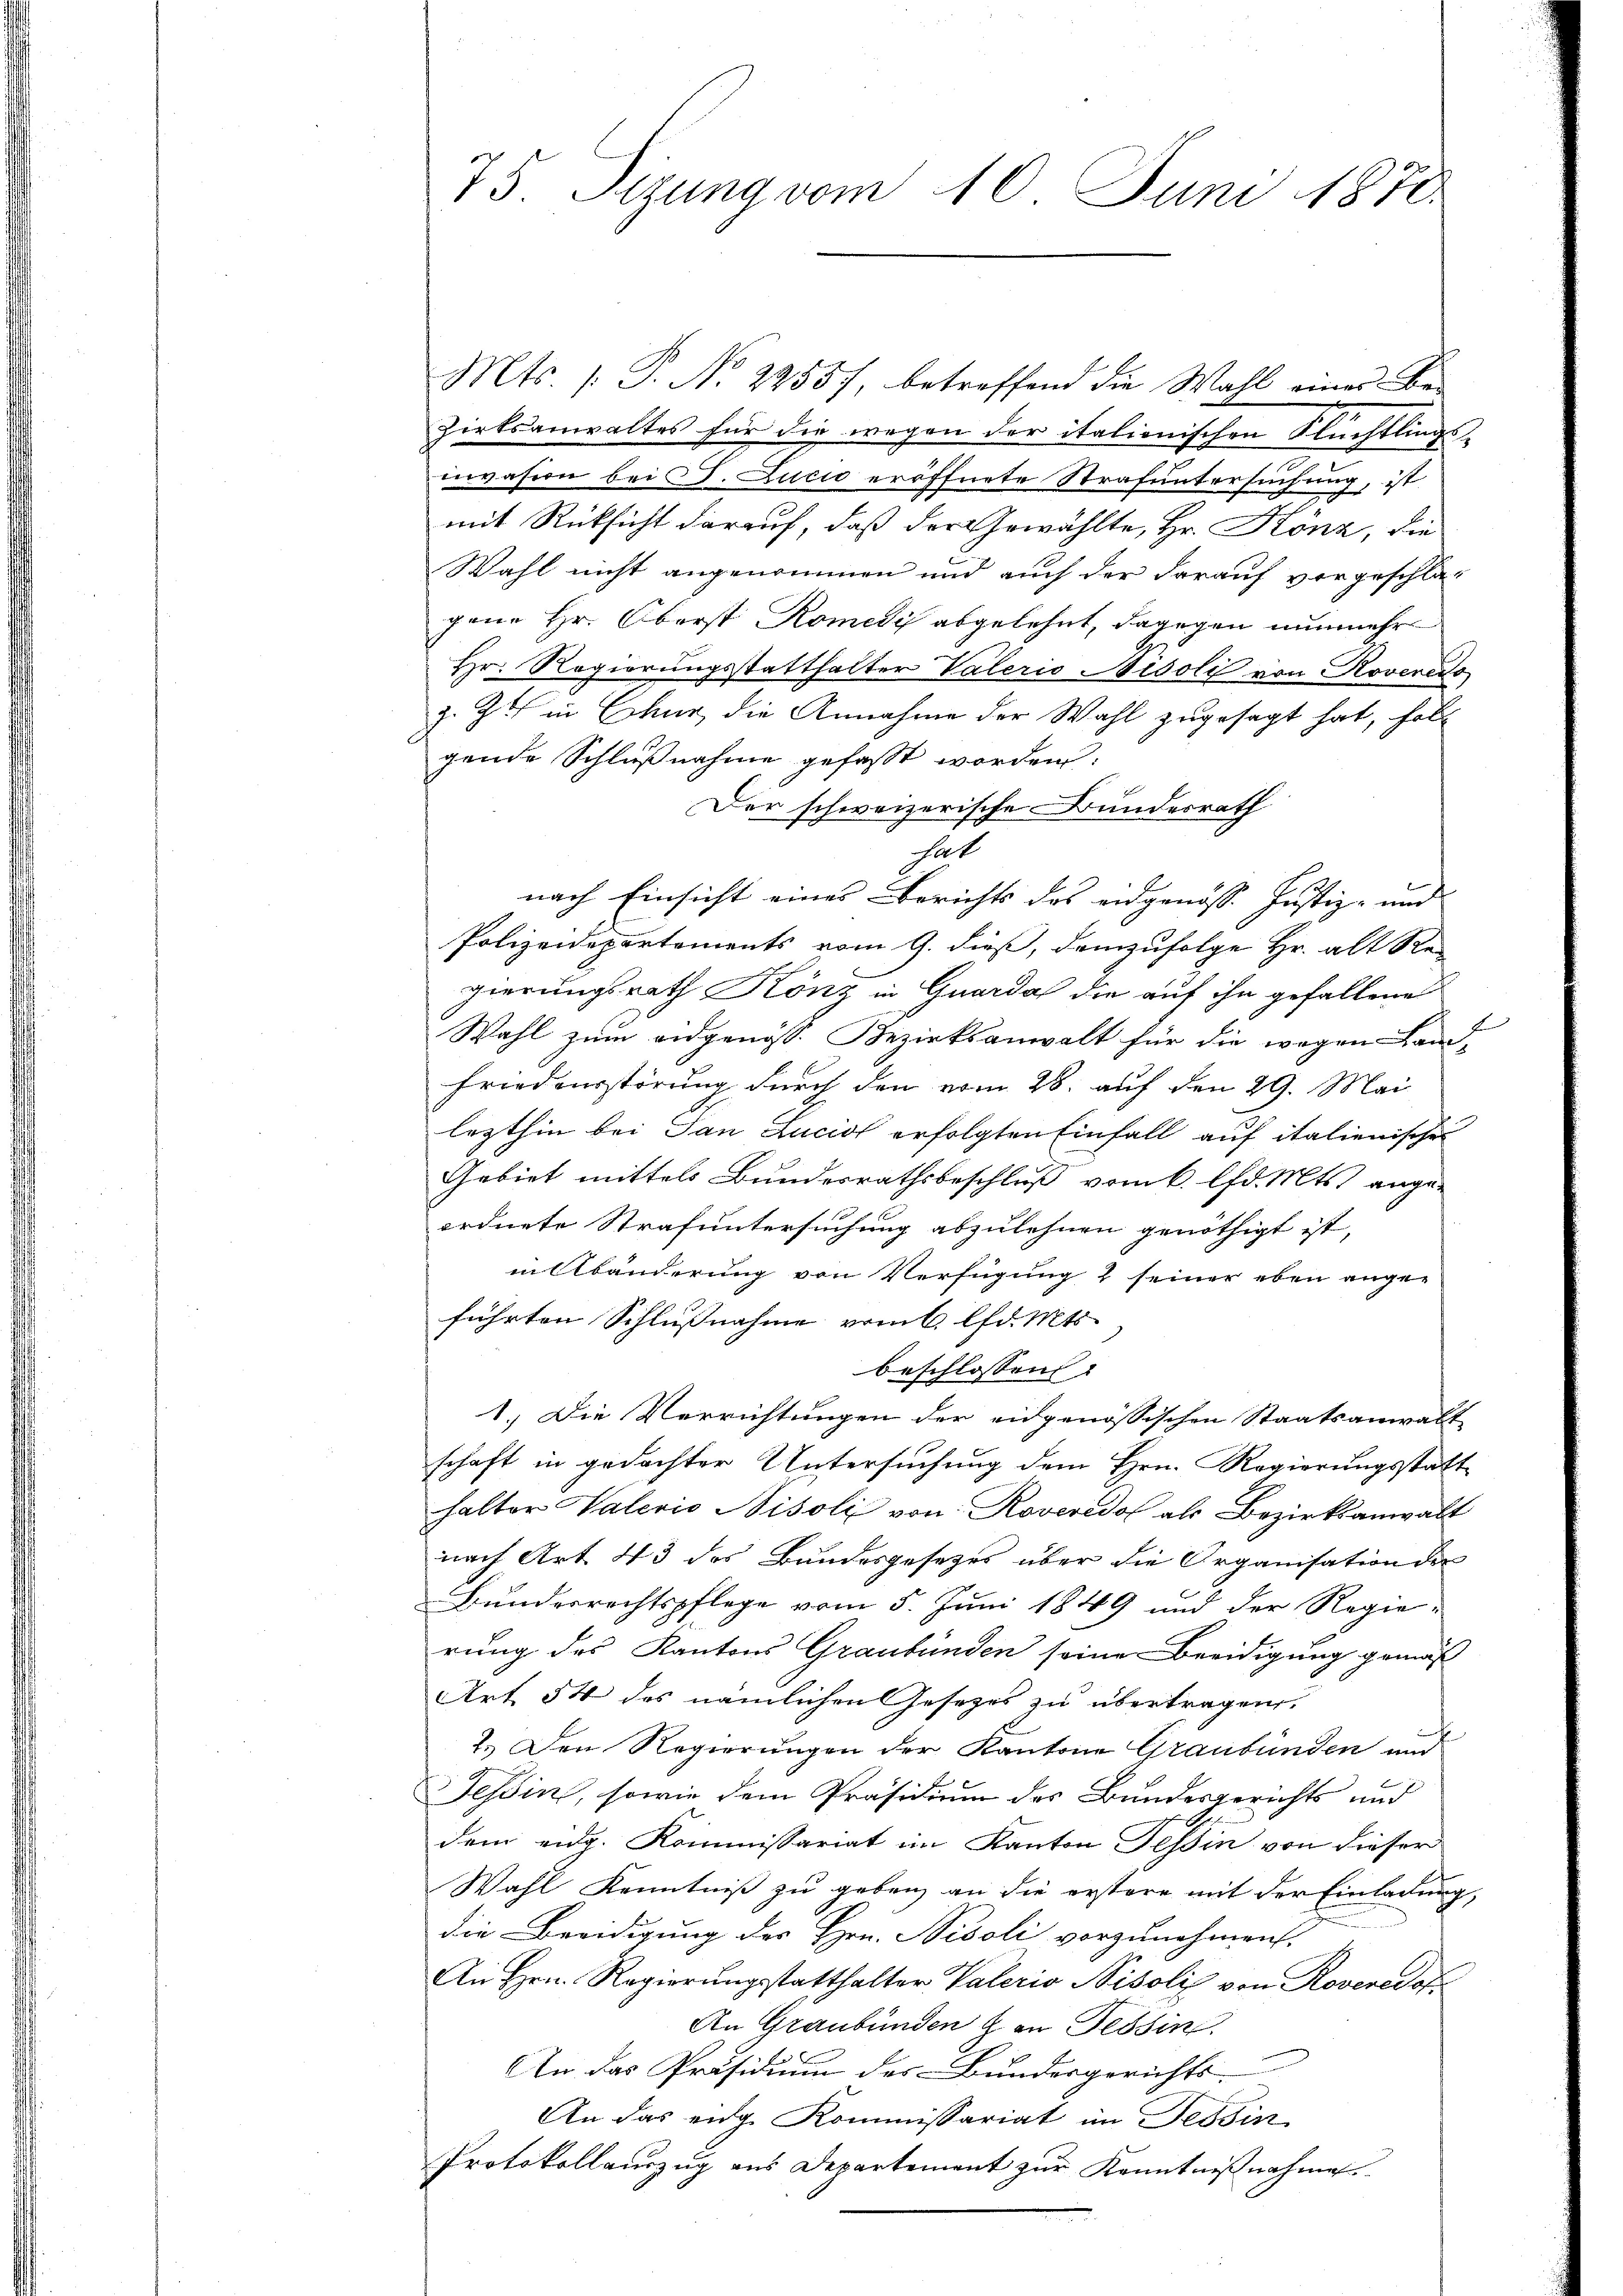
G

75. Sizung vom 10. Juni 1870.

Mts. 1. P. Nr. 2255), betreffend die Wahl eines Be-
Zirtsanwaltes für die wegen der italionischen Flüchtlings-
invasion bei P. Lucio eröffnete Strafuntersuchung, ist
z
mit Rücksicht darauf, daß der Gewählte, Hr. Könz, die
Wahl nicht angenommen und auch der darauf vorgeschlajene Hr. Oberst Romely abgelehnt, dagegen nunmehr
Hr. Regierŭngsstatthalter Vaterio Nisoli von Roveredo
z. Z. in Chur die Annahme der Wahl zugesagt hat, holt
gende Schlußnahme gefasst worden:
Der schweizerische Bundesrath
sat
nach Einsicht eines Berichts des angenosse Justiz- und
Polizeidepartements vom 9. dieß, demzufolge Hr. alt Re-
gierungsrath Könz in Guarda die auf ihn gefallene
E
Wahl zum eidgenös. Bezirksanwalt für die wegen Land-
Friedensstörung durch den vom 28. auf den 29. Mai
lezthin bei Tan Luciol erfolgten Einfall auf italienischen
Gebiet mittels Bundesrathsbeschluß vom k. lfd. Mts. ange-
ordnete Strafuntersuchung abzulehnen genöthigt ist,
in Abänderung von Verfügung & seiner eben ange-
führten Schlussnahme vom 6. d. Mts.
beschlossen:
1.) Die Verrichtungen der eidgenössischen Staatsanwalt
schaft in gedachter Untersuchung dem Hrn. Regierungsstatt
halter Vaterio Nisoli von Roveredo als Bezirksanwalt
nach Art. 43 des Bundesgesetzes über die Organisation der
Bundesrechtspflege vom 5. Juni 1849 und der Regierung des Kantons Graubünden seine Beeidigung gemäß
Art. 54 des nämlichen Gesetzes zu übertragen.
2.) Den Regierungen der Kantone Graubünden und
Tessin, sowie dem Präsidium des Bundesgerichts und
dem eidg. Kommissariat im Kanton Tessin von dieser
Wahl Kenntniß zu geben an die erstere mit der Einladung,
die Beeidigung der Hrn. Bisoli vorzunehmen.
An Hrn. Regierungsstatthalter Vaterio Nisoli von Roveredof
An Graubünden & an Tessin.
An das Präsidium des Bundesgerichts-
An das eige Kommissariat im Tessin
Protokollauszug aus Departement zŭr Kenntniβnahme.